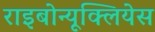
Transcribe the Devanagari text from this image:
राइबोन्यूक्लियेस